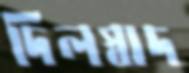
দিলস্বাদ